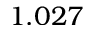
1 . 0 2 7